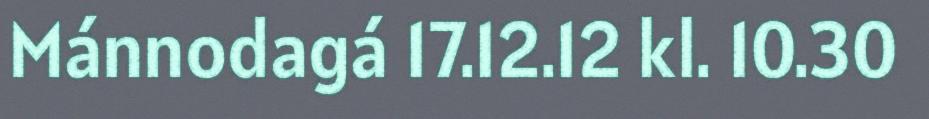
Mánnodagá 17.12.12 kl. 10.30